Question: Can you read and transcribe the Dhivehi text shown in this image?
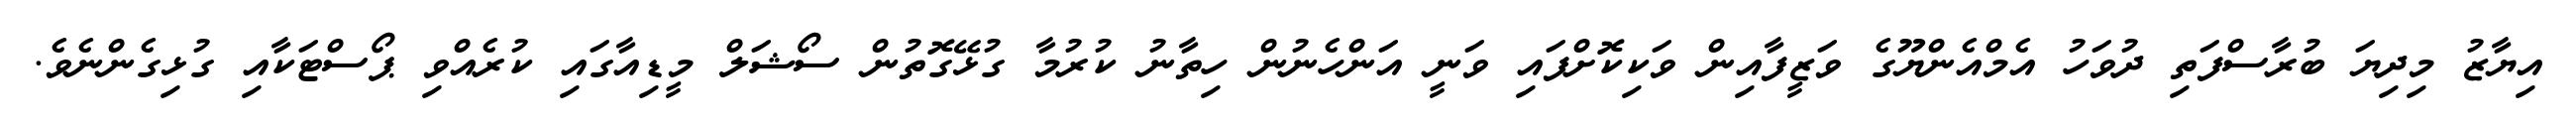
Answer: އިޔާޒު މިދިޔަ ބުރާސްފަތި ދުވަހު އެމްއެންޔޫގެ ވަޒީފާއިން ވަކިކޮށްފައި ވަނީ އަންހެނުން ހިތާނު ކުރުމާ ގުޅޭގޮތުން ސޯޝަލް މީޑިއާގައި ކުރެއްވި ޕޯސްޓަކާއި ގުޅިގެންނެވެ.